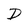
Character: D